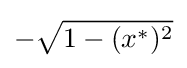
-{\sqrt {1-(x^{*})^{2}}}